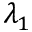
\lambda _ { 1 }